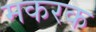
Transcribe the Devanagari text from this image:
मकरक